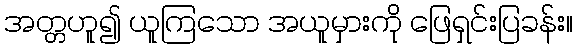
အတ္တဟူ၍ ယူကြသော အယူမှားကို ဖြေရှင်းပြခန်း။